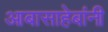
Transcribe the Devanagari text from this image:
आबासाहेबांनी